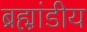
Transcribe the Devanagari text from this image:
ब्रह्म़ा़ंडीय